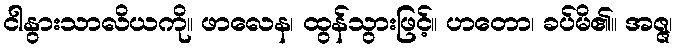
ငါနွားသာလိယကို။ ဖာလေန၊ ထွန်သွားဖြင့်။ ဟတော၊ ခပ်မိ၏။ အဇ္ဇ၊